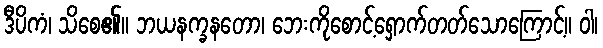
ဒီပိကံ၊ သိစေ၏။ ဘယနက္ခနတော၊ ဘေးကိုစောင့်ရှောက်တတ်သောကြောင့်။ ဝါ၊